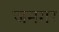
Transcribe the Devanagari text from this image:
जनगर